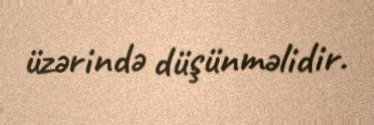
üzərində düşünməlidir.